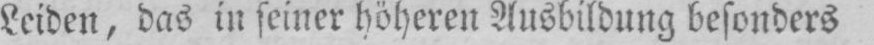
Leiden, das in seiner höheren Ausbildung besonders